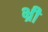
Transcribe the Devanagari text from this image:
भ्री